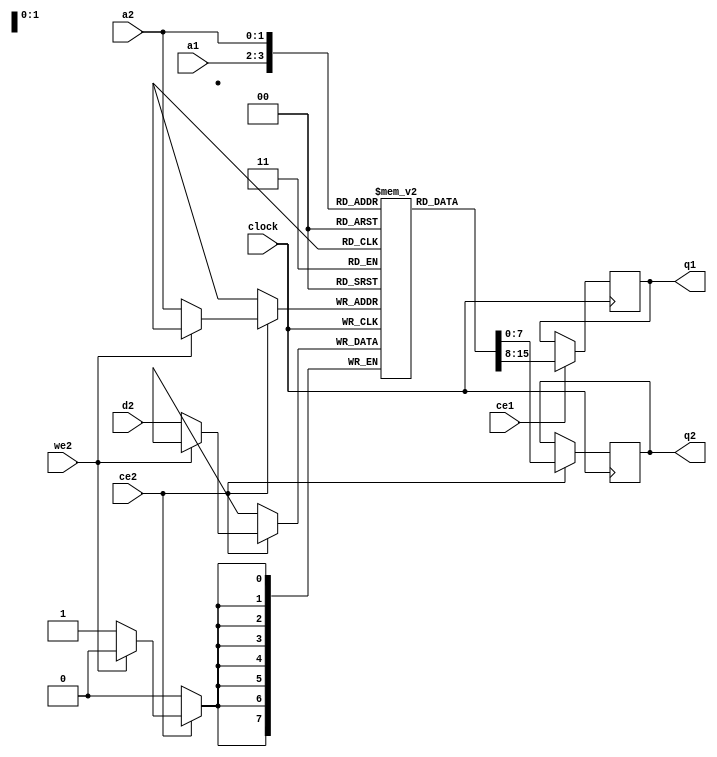
//-------------------------------------------------------------------------------------------------
module dprf
//-------------------------------------------------------------------------------------------------
#
(
	parameter KB = 0
)
(
	input  wire                      clock,
	input  wire                      ce1,
	output reg [                7:0] q1,
	input  wire[$clog2(KB*1024)-1:0] a1,
	input  wire                      ce2,
	input  wire                      we2,
	input  wire[                7:0] d2,
	output reg [                7:0] q2,
	input  wire[$clog2(KB*1024)-1:0] a2
);
//-------------------------------------------------------------------------------------------------

reg[7:0] dpr[(KB*1024)-1:0];

always @(posedge clock) if(ce1) q1 <= dpr[a1];
always @(posedge clock) if(ce2) begin q2 <= dpr[a2]; if(!we2) dpr[a2] <= d2; end

//-------------------------------------------------------------------------------------------------
endmodule
//-------------------------------------------------------------------------------------------------